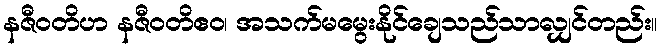
နဇီဝတိဟ နဇီဝတိဧဝ၊ အသက်မမွေးနိုင်ချေသည်သာလျှင်တည်း။